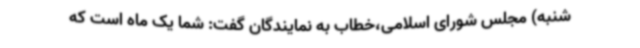
‌شنبه) مجلس شورای اسلامی،خطاب به نمایندگان گفت: شما یک ماه است که